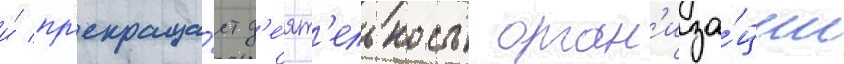
и́ пр'екраща́ет д'е́ят'ельность орган'иза́ции